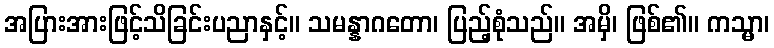
အပြားအားဖြင့်သိခြင်းပညာနှင့်။ သမန္နာဂတော၊ ပြည့်စုံသည်။ အမှိ၊ ဖြစ်၏။ ကသ္မာ၊